Triennial report on the lunatic asylums in the province of Eastern Bengal and Assam - 1903-1911
Year: 1903
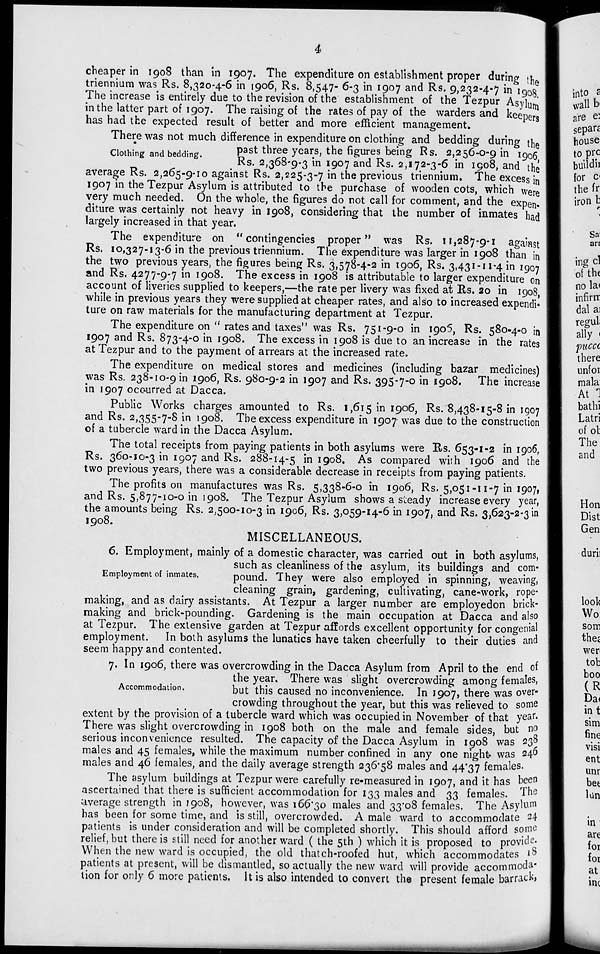
4
cheaper in 1908 than in 1907. The expenditure on establishment proper during the
triennium was Rs. 8,320-4-6 in 1906, Rs. 8,547- 6-3 in 1907 and Rs. 9,232-4-7 in 1908.
The increase is entirely due to the revision of the establishment of the Tezpur Asylum
in the latter part of 1907. The raising of the rates of pay of the warders and keepers
has had the expected result of better and more efficient management.
Clothing and bedding.
There was not much difference in expenditure on clothing and bedding during the
past three years, the figures being Rs. 2,256-0-9 in 1906
Rs. 2,368-9-3 in 1907 and Rs. 2,172-3-6 in 1908, and the
average Rs. 2,265-9-10 against Rs. 2,225-3-7 in the previous triennium. The excess in
1907 in the Tezpur Asylum is attributed to the purchase of wooden cots, which were
very much needed. On the whole, the figures do not call for comment, and the expen-
diture was certainly not heavy in 1908, considering that the number of inmates had
largely increased in that year.
The expenditure on "contingencies proper" was Rs. 11,287-9-1 against
Rs. 10,327-13-6 in the previous triennium. The expenditure was larger in 1908 than in
the two previous years, the figures being Rs. 3,578-4-2 in 1906, Rs. 3,431-11-4 in 1907
and Rs. 4277-9-7 in 1908. The excess in 1908 is attributable to larger expenditure on
account of liveries supplied to keepers,—the rate per livery was fixed at Rs. 20 in 1908,
while in previous years they were supplied at cheaper rates, and also to increased expendi-
ture on raw materials for the manufacturing department at Tezpur.
The expenditure on "rates and taxes" was Rs. 751-9-0 in 1906, Rs. 580-4-0 in
1907 and Rs. 873-4-0 in 1908. The excess in 1908 is due to an increase in the rates
at Tezpur and to the payment of arrears at the increased rate.
The expenditure on medical stores and medicines (including bazar medicines)
was Rs. 238-10-9 in 1906, Rs. 980-9-2 in 1907 and Rs. 395-7-0 in 1908. The increase
in 1907 occurred at Dacca.
Public Works charges amounted to Rs. 1,615 in 1906, Rs. 8,438-15-8 in 1907
and Rs. 2,355-7-8 in 1908. The excess expenditure in 1907 was due to the construction
of a tubercle ward in the Dacca Asylum.
The total receipts from paying patients in both asylums were Rs. 653-1-2 in 1906,
Rs. 360-10-3 in 1907 and Rs. 288-14-5 in 1908. As compared with 1906 and the
two previous years, there was a considerable decrease in receipts from paying patients.
The profits on manufactures was Rs. 5,338-6-0 in 1906, Rs. 5,051-11-7 in 1907,
and Rs. 5,877-10-0 in 1908. The Tezpur Asylum shows a steady increase every year,
the amounts being Rs. 2,500-10-3 in 1906, Rs. 3,059-14-6 in 1907, and Rs. 3,623-2-3 in
1908.
MISCELLANEOUS.
Employment of inmates.
6. Employment, mainly of a domestic character, was carried out in both asylums,
such as cleanliness of the asylum, its buildings and com-
pound. They were also employed in spinning, weaving,
cleaning grain, gardening, cultivating, cane-work, rope-
making, and as dairy assistants. At Tezpur a larger number are employedon brick-
making and brick-pounding. Gardening is the main occupation at Dacca and also
at Tezpur. The extensive garden at Tezpur affords excellent opportunity for congenial
employment. In both asylums the lunatics have taken cheerfully to their duties and
seem happy and contented.
Accommodation.
7. In 1906, there was overcrowding in the Dacca Asylum from April to the end of
the year. There was slight overcrowding among females,
but this caused no inconvenience. In 1907, there was over-
crowding throughout the year, but this was relieved to some
extent by the provision of a tubercle ward which was occupied in November of that year.
There was slight overcrowding in 1908 both on the male and female sides, but no
serious inconvenience resulted. The capacity of the Dacca Asylum in 1908 was 238
males and 45 females, while the maximum number confined in any one night was 246
males and 46 females, and the daily average strength 236.58 males and 44.37 females.
The asylum buildings at Tezpur were carefully re-measured in 1907, and it has been
ascertained that there is sufficient accommodation for 133 males and 33 females. The
average strength in 1908, however, was 166.30 males and 33.08 females. The Asylum
has been for some time, and is still, overcrowded. A male ward to accommodate 24
patients is under consideration and will be completed shortly. This should afford some
relief, but there is still need for another ward ( the 5th ) which it is proposed to provide.
When the new ward is occupied, the old thatch-roofed hut, which accommodates 18
patients at present, will be dismantled, so actually the new ward will provide accommoda-
tion for only 6 more patients. It is also intended to convert the present female barrack,